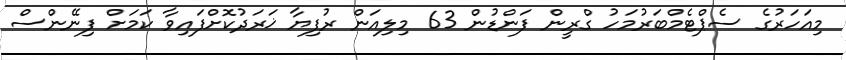
މިއަހަރުގެ ސެޕްޓެމްބަރުމަހު ގްރީން ފަންޑުން 63 މިލިއަން ރުފިޔާ ޚަރަދުކޮށްފައިވާ ކަމަށް ފިނޭންސް